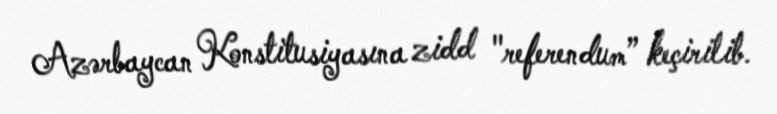
Azərbaycan Konstitusiyasına zidd "referendum” keçirilib.